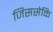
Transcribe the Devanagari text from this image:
जिससेकि